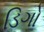
ડિગો